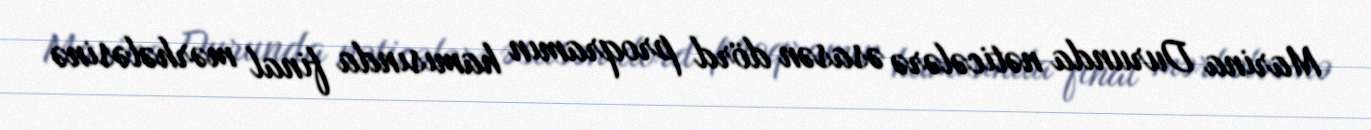
Marina Durunda nəticələrə əsasən dörd proqramın hamısında final mərhələsinə